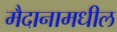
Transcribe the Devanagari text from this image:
मैदानामधील